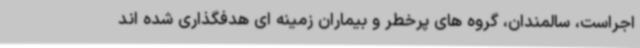
اجراست، سالمندان، گروه های پرخطر و بیماران زمینه ای هدفگذاری شده اند